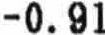
-0.91